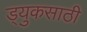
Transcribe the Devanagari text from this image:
ड्युकसाठी